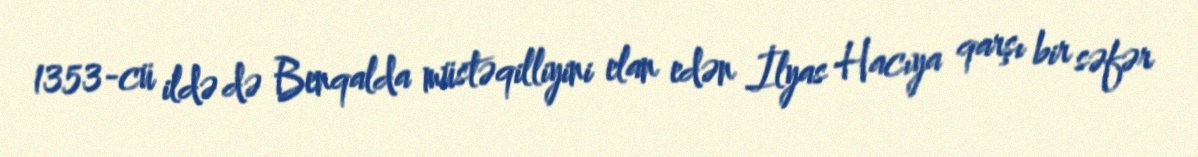
1353-cü ildə də Benqalda müstəqilliyini elan edən İlyas Hacıya qarşı bir səfər